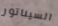
السيناتور